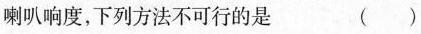
喇叭响度，下列方法不可行的是 ( )